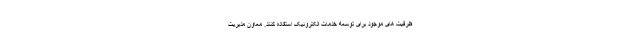
ظرفیت های موجود برای توسعه خدمات الکترونیک استفاده کنند. معاون مدیریت